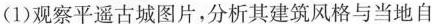
(1)观察平遥古城图片，分析其建筑风格与当地自